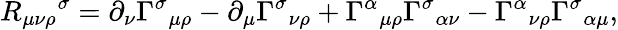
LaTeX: {R_{\mu\nu\rho}}^{\sigma}=\partial_{\nu}{\Gamma^{\sigma}}_{\mu\rho}-\partial_{\mu}{\Gamma^{\sigma}}_{\nu\rho}+{\Gamma^{\alpha}}_{\mu\rho}{\Gamma^{\sigma}}_{\alpha\nu}-{\Gamma^{\alpha}}_{\nu\rho}{\Gamma^{\sigma}}_{\alpha\mu},